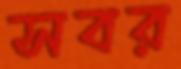
সবর